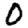
Digit: 0